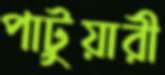
পাটুয়ারী